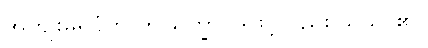
အကျိုးမရပုံကို ဤသိက္ခာပုဒ်ဖြင့်လည်း သိသာ၏။